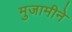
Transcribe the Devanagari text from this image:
मुजामीने